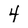
Character: 4